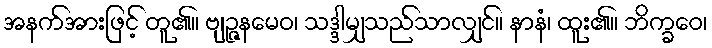
အနက်အားဖြင့် တူ၏။ ဗျဉ္ဇနမေဝ၊ သဒ္ဒါမျှသည်သာလျှင်။ နာနံ၊ ထူး၏။ ဘိက္ခဝေ၊